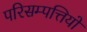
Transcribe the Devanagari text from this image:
परिसम्‍पत्तियों